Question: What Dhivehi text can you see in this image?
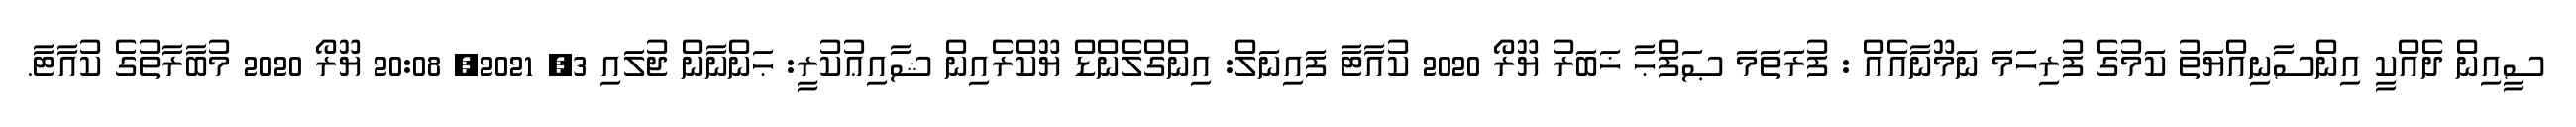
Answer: ސީއިން ދެއްކީ އިންސާނިއްޔަތު ކަމުގެ ފުރިހަމަ ނަމޫނާއެއް : ފުރަތަމަ ޞަފްޙާ ޚަބަރު ޔޫރޯ 2020 ކުއާޓާ ފައިނަލް: އިންގްލެންޑް ޔޫކްރެއިން ޝާއިޢުކުރީ: ޙަންނާން ޖުލައި 3, 2021, 20:08 ޔޫރޯ 2020 މުބާރާތުގެ ކުއާޓާ.